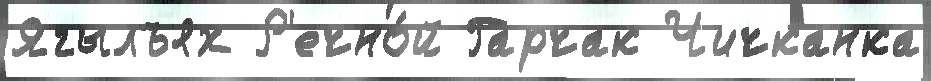
Ягылъях Р'ечно́й Гарчак Чичканка